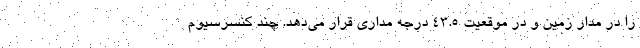
را در مدار زمین و در موقعیت ۴۳.۵ درجه مداری قرار می‌دهد. چند کنسرسیوم